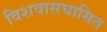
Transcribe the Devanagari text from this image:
विशवासघासित